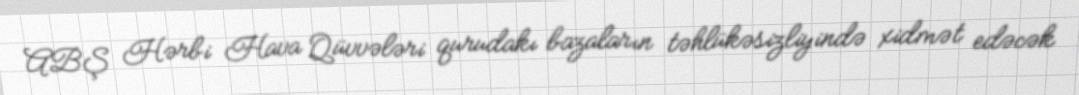
ABŞ Hərbi Hava Qüvvələri qurudakı bazaların təhlükəsizliyində xidmət edəcək